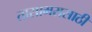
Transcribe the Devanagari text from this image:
तासाभरासाठी